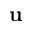
\textbf { u }